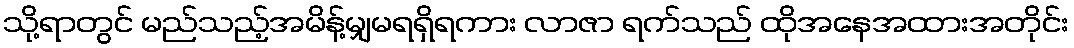
သို့ရာတွင် မည်သည့်အမိန့်မျှမရရှိရကား လာဇာ ရက်သည် ထိုအနေအထားအတိုင်း